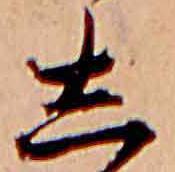
し